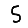
Digit: 5